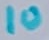
Text: 10